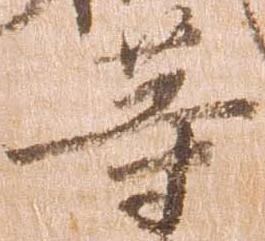
等